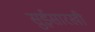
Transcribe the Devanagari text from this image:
सुईसारखी